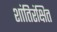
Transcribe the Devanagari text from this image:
शांतिरंक्षित